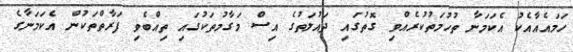
ހަމައެއާއެކު އެކަމަނާ ތުހުމަތުކުރެއްވި ގޮތުގައި ދައުލަތުގެ އިސް މަގާމުތަކުގައި ތިއްބެވި ފަރާތްތަކުން އެކަމަނާގެ